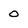
Character: 0